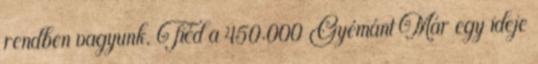
rendben vagyunk. Tiéd a 450.000 Gyémánt Már egy ideje